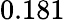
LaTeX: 0.181